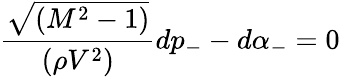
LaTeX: \frac{\sqrt{(M^{2}-1)}}{(\rho V^{2})}dp_{-}-d\alpha_{-}=0